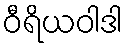
ဝီရိယဝါဒါ